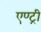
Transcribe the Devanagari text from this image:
एण्ट्री